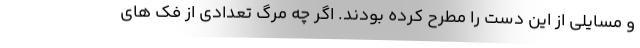
و مسایلی از این دست را مطرح کرده بودند. اگر چه مرگ تعدادی از فک های